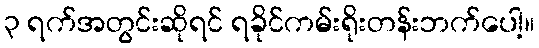
၃ ရက်အတွင်းဆိုရင် ရခိုင်ကမ်းရိုးတန်းဘက်ပေါ့။